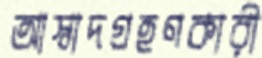
আস্বাদগ্রহণকারী